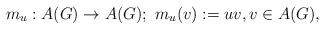
LaTeX: \begin{align*} m_u : A(G) \to A(G) ;\ m_u(v) := uv , v \in A(G) ,\end{align*}